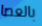
بالعصا